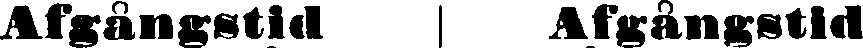
Afgångstid Afgångstid